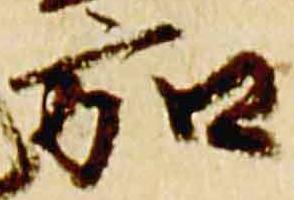
弘